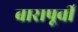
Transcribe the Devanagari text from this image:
बारापूर्वी